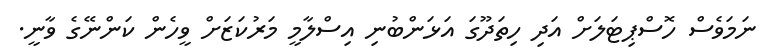
ނަމަވެސް ހޮސްޕިޓަލަށް އަދި ހިތަދޫގަ އަޅަންބުނި އިސްލާމީ މަރުކަޒަށް ވީހެން ކަންނޭގެ ވާނީ.